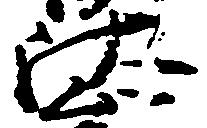
汰